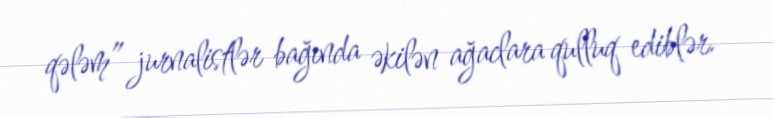
qələm” jurnalistlər bağında əkilən ağaclara qulluq ediblər.